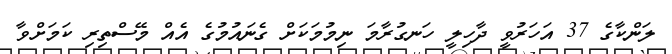
ލަންކާގެ 37 އަހަރުވީ ދާހިލީ ހަނގުރާމަ ނިމުމަކަށް ގެނައުމުގެ އެއް މޭސްތިރި ކަމަށްވާ